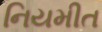
નિયમીત